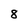
Character: 8